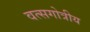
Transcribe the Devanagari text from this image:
वत्सगोत्रीय